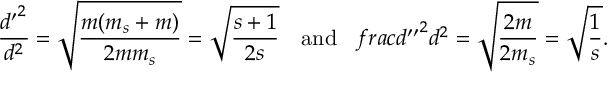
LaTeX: \frac { { d ^ { \prime } } ^ { 2 } } { d ^ { 2 } } = \sqrt { \frac { m ( m _ { s } + m ) } { 2 m m _ { s } } } = \sqrt { \frac { s + 1 } { 2 s } } \ \ \ \mathrm { a n d } \ \ \, f r a c { { d ^ { \prime \prime } } ^ { 2 } } { d ^ { 2 } } = \sqrt { \frac { 2 m } { 2 m _ { s } } } = \sqrt { \frac { 1 } { s } } .